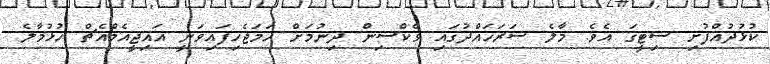
ކުޅުދުއްފުށި ސިޓީގަ އެވެ. މާލެ ސަރަހައްދުގައި ވެކްސިން ދިނުމަށް ހަމަޖެހިފައިވަނީ އައިޖީއެމްއެޗް ހުޅުމާލެ